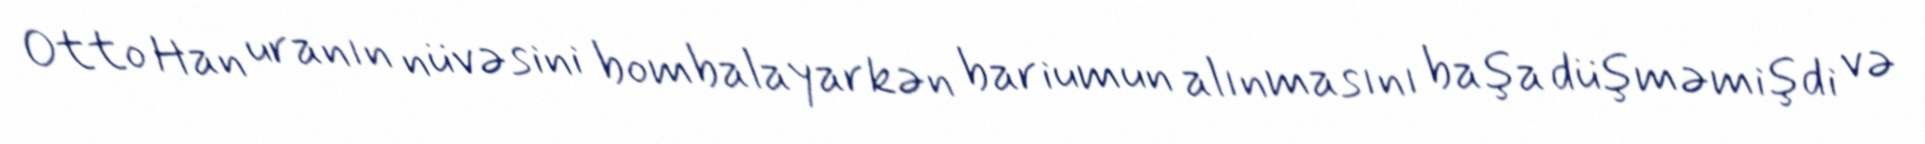
Otto Han uranın nüvəsini bombalayarkən bariumun alınmasını başa düşməmişdi və